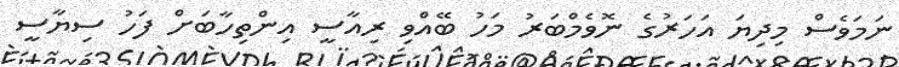
ނަމަވެސް މިދިޔަ އަހަރުގެ ނޮވެމްބަރު މަހު ބޭއްވި ރިއާސީ އިންތިހާބަށް ފަހު ސިޔާސީ